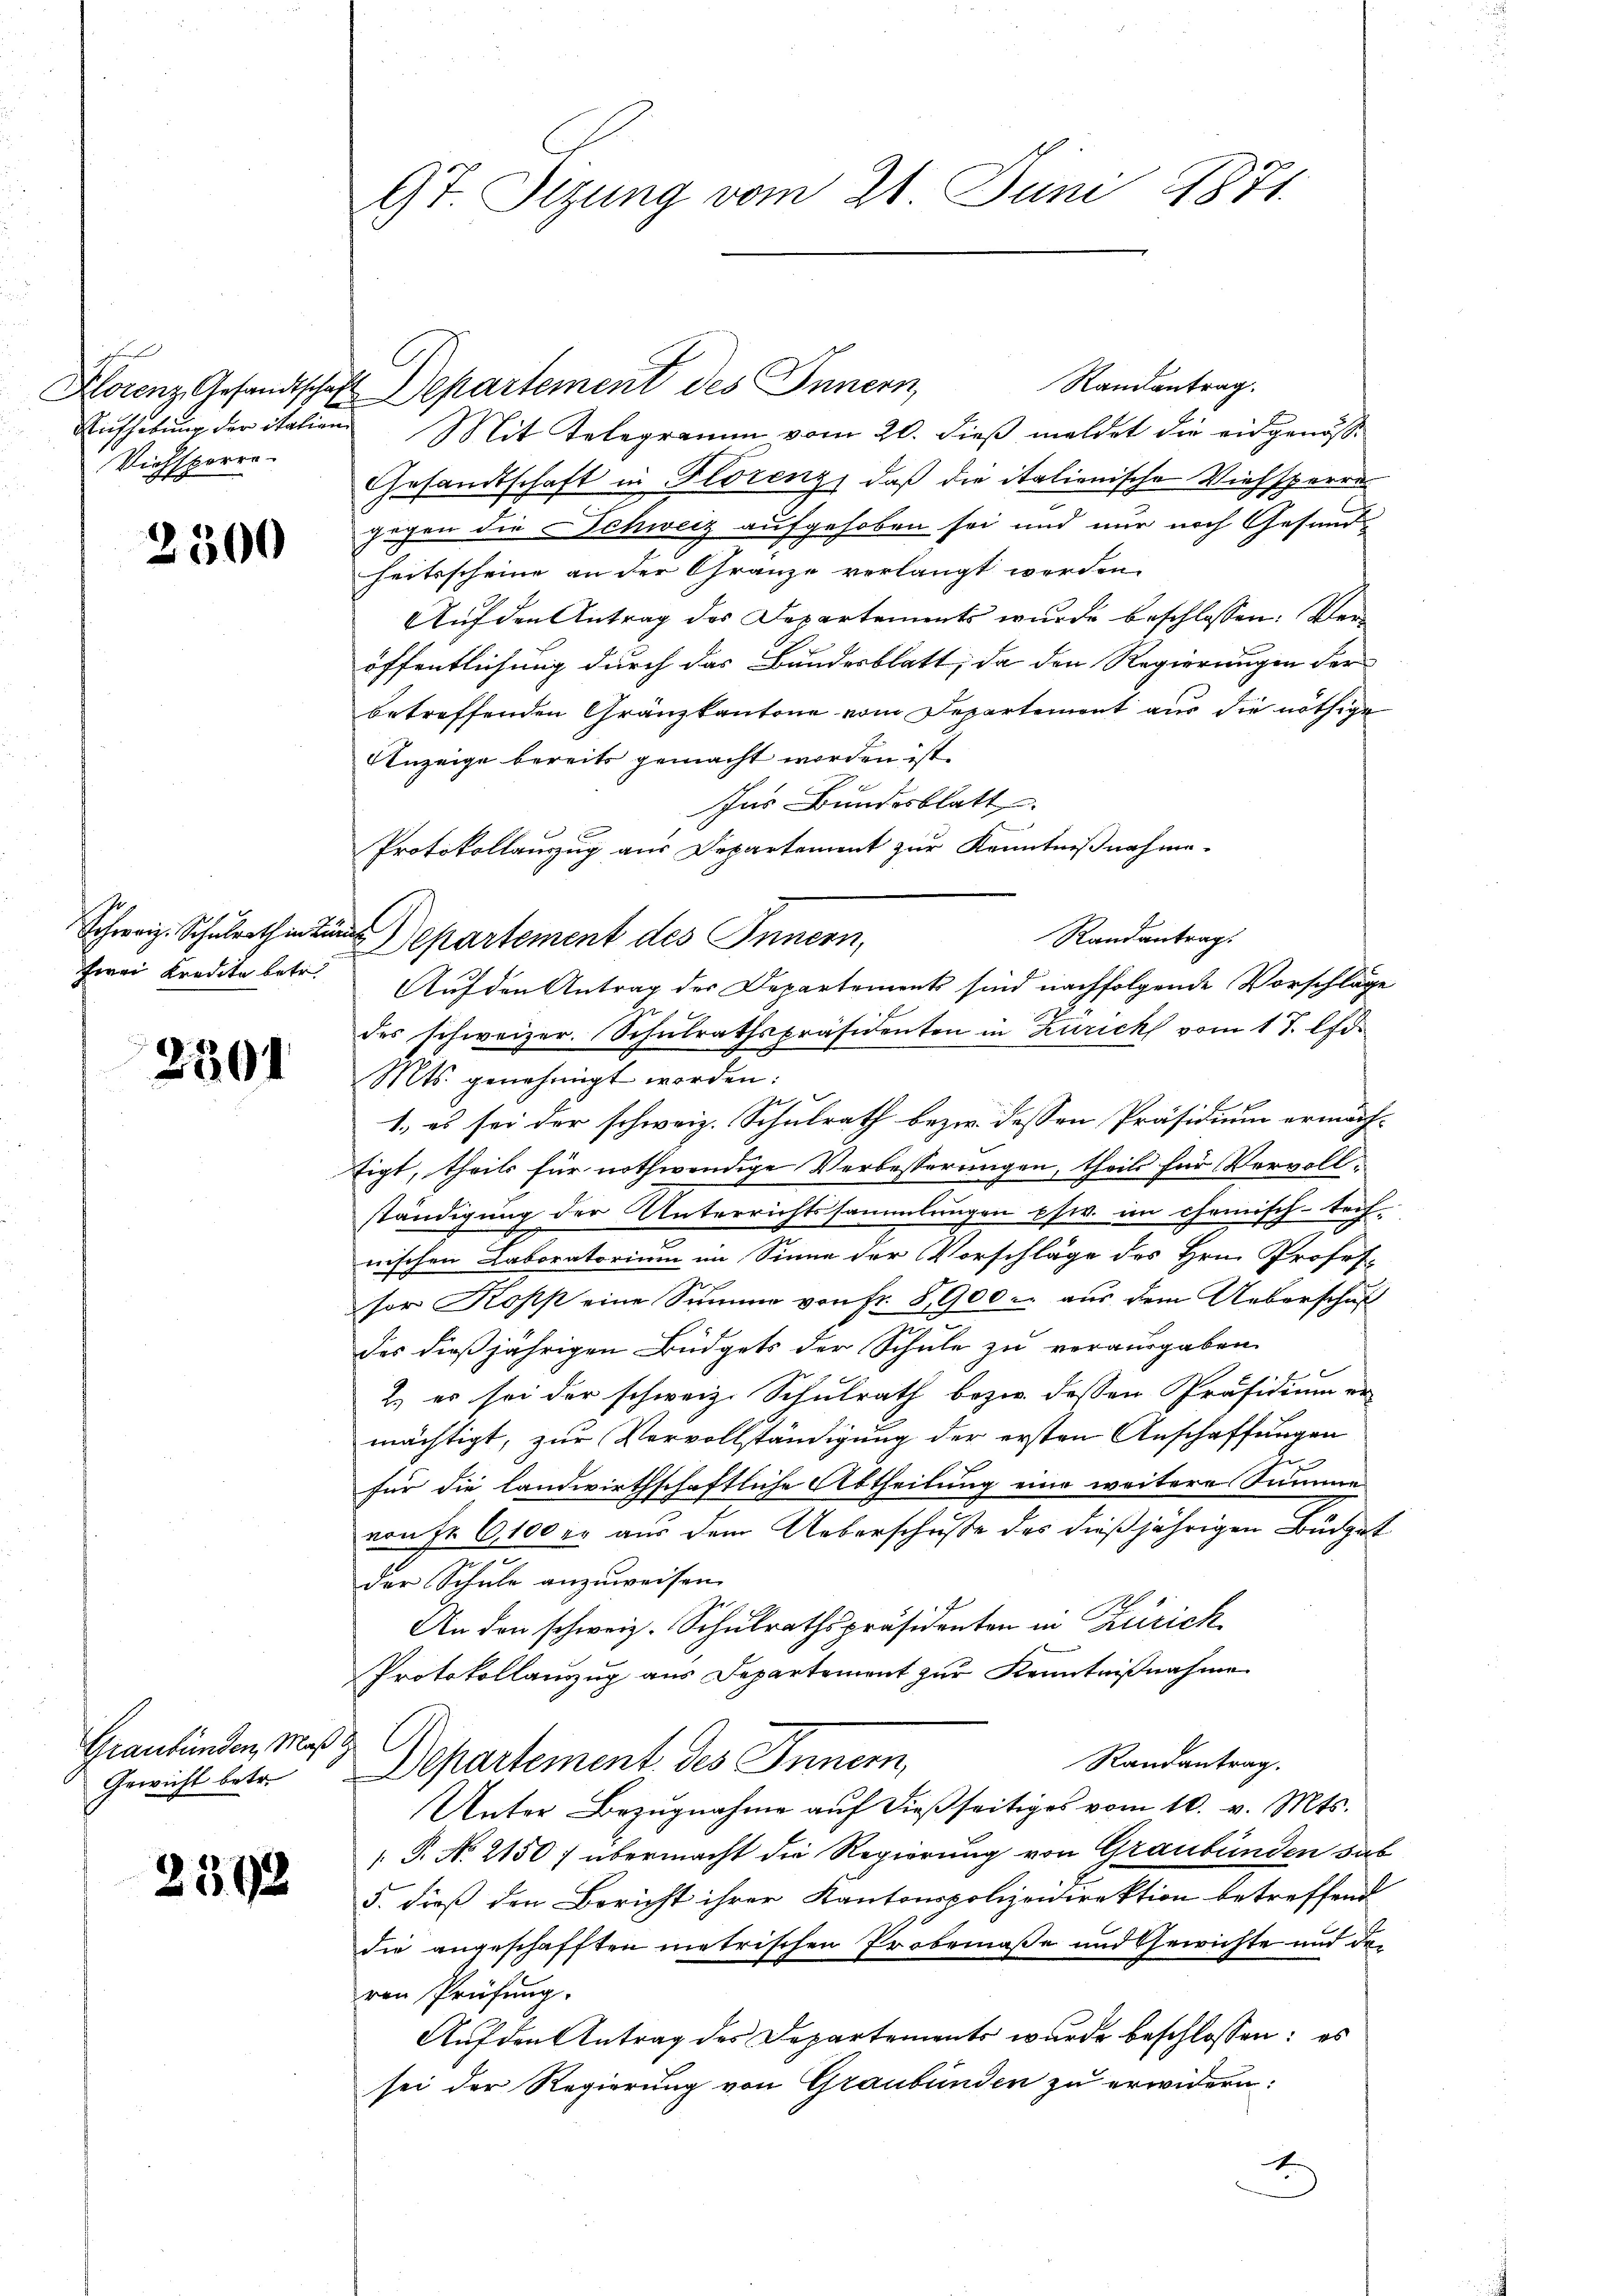
Klorenz Gesandtschaf
Aufhebung der italien
Viehsporre-

2300

Schweiz. Schulrath in Bun
zwei Kredite betr.

2301

Graubünden, Maß
Gewicht betr.

2592

9t Sizung vom 21. Juni 1871.

Randantrag.
Departement des Innern,
Mit Telegramm vom 20. dieß meldet die eidgenöß¬
Gesandtschaft in Florenz, daß die italienische Viehsperren
gegen die Schweiz aufgehoben sei und nur noch Gesundheitsscheine an der Gränze verlangt werden.
Auf den Antrag des Departements wurde beschlossen: Veröffentlichung durch das Bundesblatt, da den Regierungen der
betreffenden Granzkantone vom Departement aus die nöthige
Anzeige bereits gemacht worden ist.
ser Bundesblatt
d
Protokollauszug aus Departement zur Kenntnißnahme.
Randantrag:
Departement des Innern,
Auf den Antrag der Departement sind nachfolgende Vorschläge
des schweizer. Schulrathspräsidenten in Zürich vom 17. Apr
Mts. genehmigt worden:
2
1.) es sei der schweiz. Schulrath bezw. dessen Präsidium ermächtigt, theils für nothwendige Verbesserungen, theils für Vervollständigung der Unterrichtssammlungen pstr. im chemisch-trefnischen Laboratorium im Sinne der Vorschläge des Hrn. Profes-
sor Kopp eine Summe von Fr. 8,900. aus dem Ueberschuß
des dießjährigen Büdgets der Schule zu vorausgaben
x
2.) es sei der schweiz. Schulrath bezw. dessen Präsidium er
mächtigt, zur Vervollständigung der ersten Anschaffungen
für die landwirthschaftliche Abtheilung eine weitere Summe
von Fr. 6,100 er aus dem Ueberschüsse des dießjährigen Büdget
der Schule anzuweisen.
An den schweiz. Schulrathspräsidenten in Zürich
Protokollauszug aus Departement zur Kenntnißnahme
Randantrag.
 Departement des Innern,
Unter Bezŭgnahme aŭf dieβ seitiges vom 10. v. Mts.
 P. No. 2150) übermacht die Regierung von Graubünden das
5. dieß den Bericht ihrer Kantonspolizeidirektion betreffend
die angeschafften metrischen Probemaße und Gewichte und der
ren Prüfung.
Auf den Antrag des Departements wurde beschlossen: es
sei der Regierung von Graubünden zu erwidern:
E